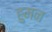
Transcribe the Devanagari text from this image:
हुमन